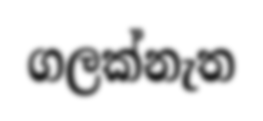
ගලක්නැත